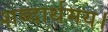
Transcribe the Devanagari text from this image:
शब्दार्थमय।